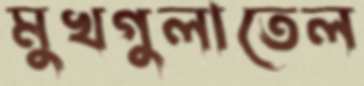
মুখগুলাতেল